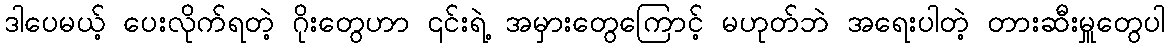
ဒါပေမယ့် ပေးလိုက်ရတဲ့ ဂိုးတွေဟာ ၎င်းရဲ့ အမှားတွေကြောင့် မဟုတ်ဘဲ အရေးပါတဲ့ တားဆီးမှူတွေပါ